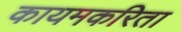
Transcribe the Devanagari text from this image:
कायमकरिता